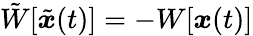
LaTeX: \tilde{W}[\tilde{{\boldsymbol{x}}}(t)]=-W[{\boldsymbol{x}}(t)]